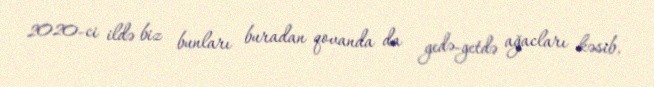
2020-ci ildə biz bunları buradan qovanda da gedə-getdə ağacları kəsib,